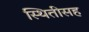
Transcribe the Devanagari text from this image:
स्थितीसह